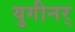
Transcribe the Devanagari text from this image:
युगीनर्